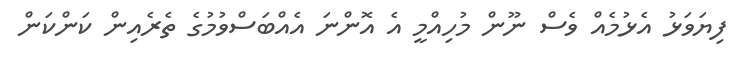
ފިޔަވަޅު އެޅުމެއް ވެސް ނޫން މުހިއްމީ އެ އޮންނަ އެއްބަސްވުމުގެ ތެރެއިން ކަންކަން